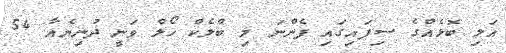
އަލި ބޮޅެއްގެ ސިފައިގައި ފެންނަ މި ބްލެކް ހޯލް ވަނީ ދުނިޔެއާ 54